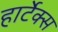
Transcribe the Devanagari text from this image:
हार्टेक्स